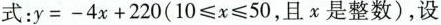
式：$$y = - 4 x + 2 2 0 ( 1 0 ≤ x ≤ 5 0$$，且x是整数)，设